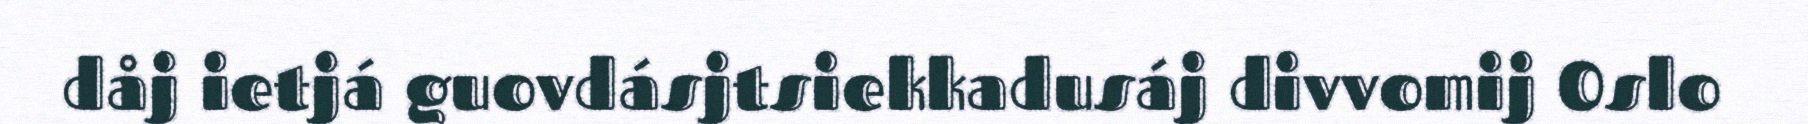
dåj ietjá guovdásjtsiekkadusáj divvomij Oslo